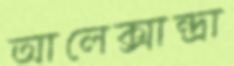
আলেক্সান্দ্রা